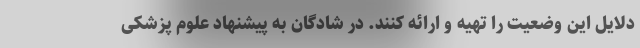
دلایل این وضعیت را تهیه و ارائه کنند. در شادگان به پیشنهاد علوم پزشکی